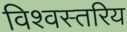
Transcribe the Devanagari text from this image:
विश्वस्तरिय